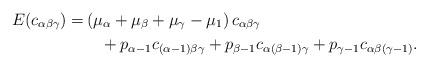
LaTeX: \begin{align*}E(c_{\alpha\beta\gamma})=&\left(\mu_\alpha+\mu_\beta+\mu_\gamma-\mu_1\right)c_{\alpha\beta\gamma}\\&\quad+p_{\alpha-1}c_{(\alpha-1)\beta\gamma}+p_{\beta-1}c_{\alpha(\beta-1)\gamma}+p_{\gamma-1}c_{\alpha\beta(\gamma-1)}.\end{align*}